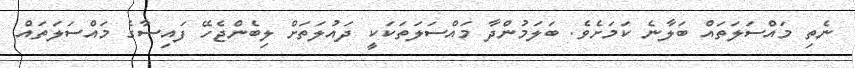
ނެތި މައްސަލަތައް ބަލާނެ ކަމަށެވެ. ބަލަމުންދާ މައްސަލަތަކަކީ ދައުލަތަށް ލިބެންޖެހޭ ފައިސާގެ މައްސަލަތައް